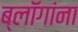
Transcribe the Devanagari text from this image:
ब्लॉगांना